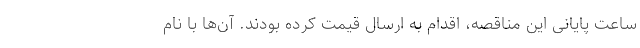
ساعت پایانی این مناقصه، اقدام به ارسال قیمت کرده بودند. آن‌ها با نام